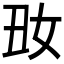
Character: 𡚽